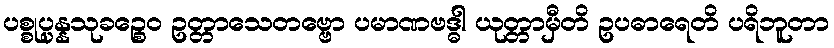
ပစ္စုပ္ပန္နသုခဉ္စေဝ ဥတ္တာသေတဗ္ဗော ပမာဏဗဒ္ဓါ ယုတ္တာမှီတိ ဥပဓာရေတိ ပရိဘူတာ